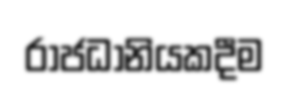
රාජධානියකදීම